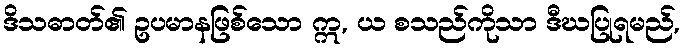
ဒိသဓာတ်၏ ဥပမာနဖြစ်သော ဣ, ယ စသည်ကိုသာ ဒီဃပြုရမည်,